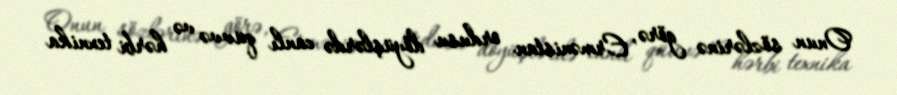
Onun sözlərinə görə, Ermənistan ordusu döyüşlərdə canlı qüvvə və hərbi texnika